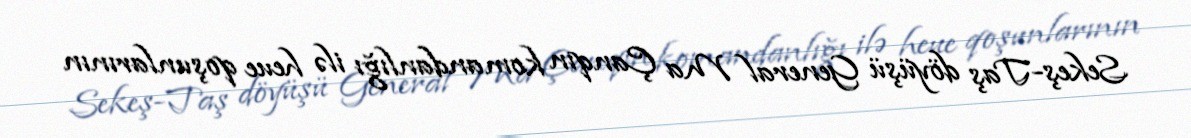
Sekeş-Taş döyüşü General Ma Çanqın komandanlığı ilə heue qoşunlarının